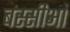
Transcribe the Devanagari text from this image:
बस्सीआं